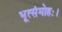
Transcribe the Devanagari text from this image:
भूत्संमोहः।